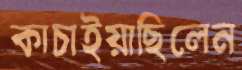
কাচাইয়াছিলেন